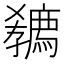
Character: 𡦭